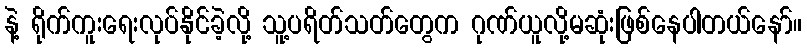
နဲ့ ရိုက်ကူးရေးလုပ်နိုင်ခဲ့လို့ သူ့ပရိတ်သတ်တွေက ဂုဏ်ယူလို့မဆုံးဖြစ်နေပါတယ်နော်။